Source: Handwritten
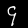
Digit: ၄ (4)